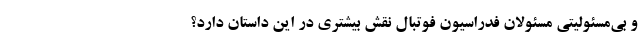
و بی‌مسئولیتی مسئولان فدراسیون فوتبال نقش بیشتری در این داستان دارد؟